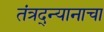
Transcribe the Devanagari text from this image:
तंत्रद्न्यानाचा